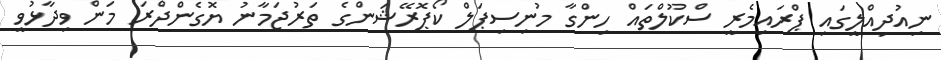
ނިއުދިއްލީގައި ޕްރައިމެރީ ސްކޫލްތައް ހިންގާ މުނިސިޕަލް ކޯޕޮރޭޝަންގެ ތަރުޖަމާނު ޔޮގެންދްރަ މަން ވިދާޅުވީ